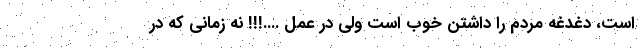
است، دغدغه مردم را داشتن خوب است ولی در عمل ....!!! نه زمانی که در